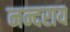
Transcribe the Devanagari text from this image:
नन्दराय